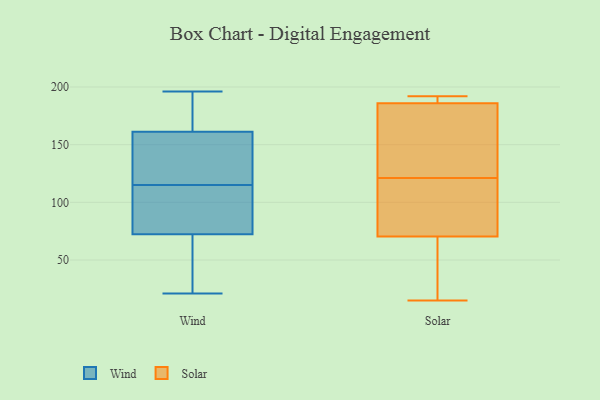
{"axis": {"x": "Operating Costs (USD K)", "y": "Value"}, "legend": ["Solar", "Wind"], "data": [{"x": "", "y": 107, "type": "Wind"}, {"x": "", "y": 190, "type": "Wind"}, {"x": "", "y": 196, "type": "Wind"}, {"x": "", "y": 175, "type": "Wind"}, {"x": "", "y": 142, "type": "Wind"}, {"x": "", "y": 32, "type": "Wind"}, {"x": "", "y": 55, "type": "Wind"}, {"x": "", "y": 86, "type": "Wind"}, {"x": "", "y": 165, "type": "Wind"}, {"x": "", "y": 76, "type": "Wind"}, {"x": "", "y": 71, "type": "Wind"}, {"x": "", "y": 110, "type": "Wind"}, {"x": "", "y": 21, "type": "Wind"}, {"x": "", "y": 150, "type": "Wind"}, {"x": "", "y": 193, "type": "Wind"}, {"x": "", "y": 115, "type": "Wind"}, {"x": "", "y": 115, "type": "Wind"}, {"x": "", "y": 125, "type": "Wind"}, {"x": "", "y": 30, "type": "Wind"}, {"x": "", "y": 118, "type": "Solar"}, {"x": "", "y": 47, "type": "Solar"}, {"x": "", "y": 53, "type": "Solar"}, {"x": "", "y": 179, "type": "Solar"}, {"x": "", "y": 111, "type": "Solar"}, {"x": "", "y": 121, "type": "Solar"}, {"x": "", "y": 185, "type": "Solar"}, {"x": "", "y": 168, "type": "Solar"}, {"x": "", "y": 98, "type": "Solar"}, {"x": "", "y": 189, "type": "Solar"}, {"x": "", "y": 192, "type": "Solar"}, {"x": "", "y": 15, "type": "Solar"}, {"x": "", "y": 66, "type": "Solar"}, {"x": "", "y": 192, "type": "Solar"}, {"x": "", "y": 192, "type": "Solar"}, {"x": "", "y": 72, "type": "Solar"}, {"x": "", "y": 125, "type": "Solar"}]}